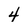
Character: 4